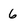
Character: 6